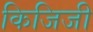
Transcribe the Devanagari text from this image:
किजिजी